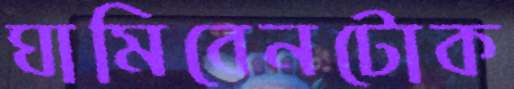
ঘামিবেনটোক